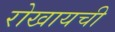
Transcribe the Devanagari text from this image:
रोखायची